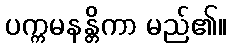
ပက္ကမနန္တိကာ မည်၏။